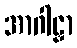
အာဂါဠှာ